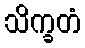
သိက္ခတံ